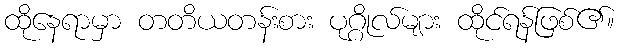
ထိုနေရာမှာ တတိယတန်းစား ပုဂ္ဂိုလ်များ ထိုင်ရန်ဖြစ်၏။